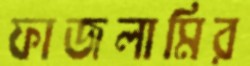
ফাজলামির